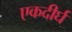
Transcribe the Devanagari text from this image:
एकदीर्घ